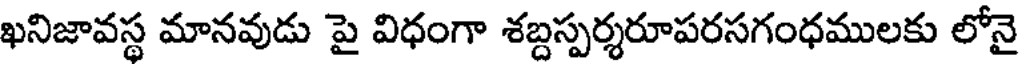
ఖనిజావస్థ మానవుడు పై విధంగా శబ్దస్పర్శరూపరసగంధములకు లోనై